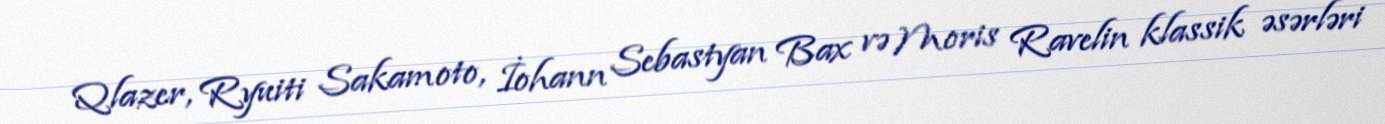
Qlazer, Ryuiti Sakamoto, İohann Sebastyan Bax və Moris Ravelin klassik əsərləri